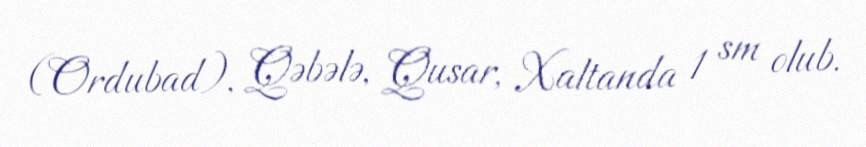
(Ordubad), Qəbələ, Qusar, Xaltanda 1 sm olub.